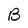
Character: B